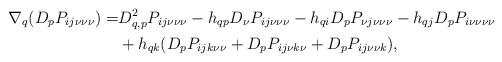
LaTeX: \begin{align*}\nabla_q (D_p P_{ij \nu \nu \nu})=&D^2_{q,p} P_{ij \nu \nu \nu} - h_{qp} D_\nu P_{ij \nu\nu\nu} -h_{qi} D_p P_{\nu j \nu\nu\nu} -h_{qj} D_p P_{i \nu\nu\nu\nu} \\& +h_{qk} (D_p P_{ijk \nu \nu} + D_p P_{ij\nu k\nu} +D_p P_{ij \nu \nu k}),\end{align*}